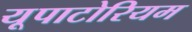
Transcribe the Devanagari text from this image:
यूपाटोरियम